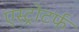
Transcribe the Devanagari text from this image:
एस्ट्रोटर्फ